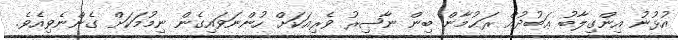
އުޅުނު އިންގިލާބު ޢަބުދުއް ރަޙުމާން ބިން ނާޞިރު ވެރިއަކަށް ހުންނަވައިގެން ނިމުމަކަށް ގެންނެވިއެވެ.